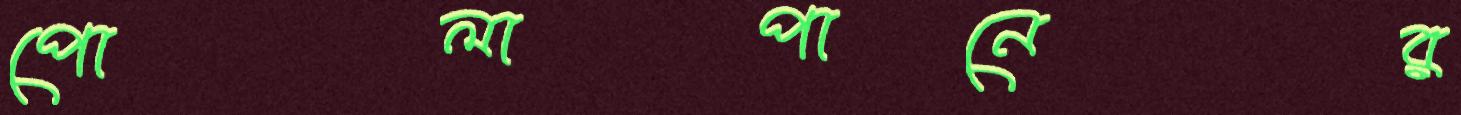
পোলাপানের